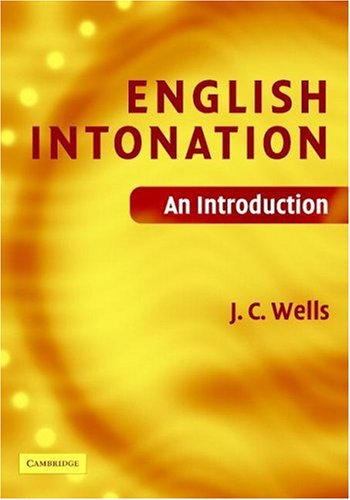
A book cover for English Intonation HB and Audio CD: An Introduction; J. C. Wells; Reference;